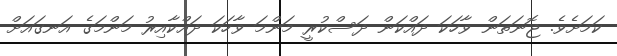
ކަމަށެވެ. ޖޮނަތަން ވާހަކަ ދައްކަން ދަސްކުރީ މަންމަ ވާހަކަ ދައްކާއިރު މަންމަގެ އަނގައަށް